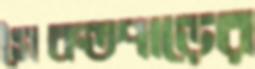
সৈকতপাড়ের